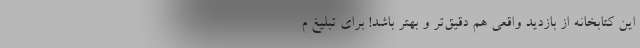
این کتابخانه از بازدید واقعی هم دقیق‌تر و بهتر باشد! برای تبلیغ م